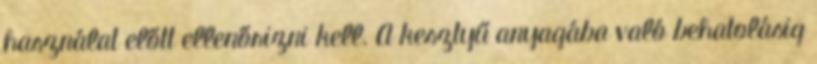
használat előtt ellenőrizni kell. A kesztyű anyagába való behatolásig